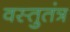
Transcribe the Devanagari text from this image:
वस्तुतंत्र